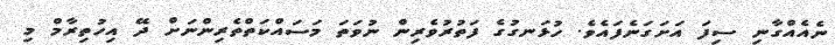
ނެއެއްގާނި ސިފަ އަށަގަނެފައެވެ. ހުޅަނގުގެ ފަތުރުވެރިން ނުވަތަ މަސައްކަތްތެރިންނަށް ދޭ އިހުތިރާމް މި